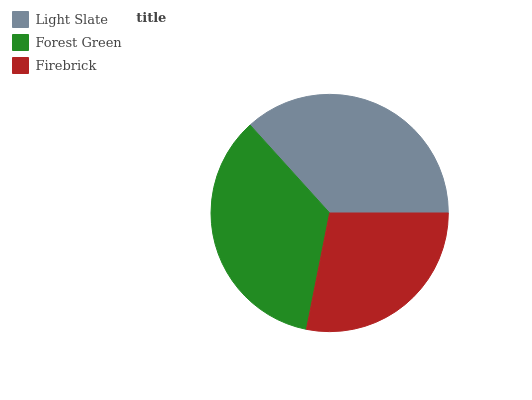
| Light Slate | Forest Green | Firebrick |
 | --- | --- | --- |
 | 36.7% | 35.1% | 28.1% |